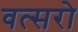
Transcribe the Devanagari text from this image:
वत्सरो